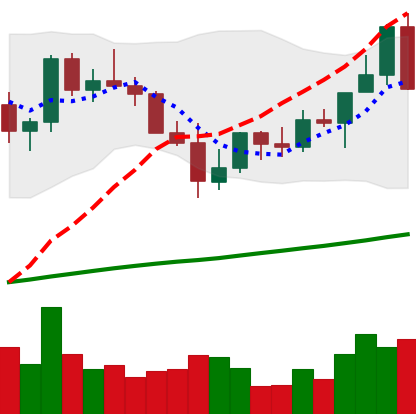
Ticker: LINK-USD
Chart end date: 2021-04-03
Forward return: 10.868%
Label: up_7plus